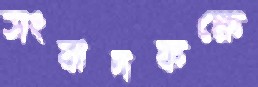
সংবাদকক্ষে